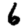
Digit: 6